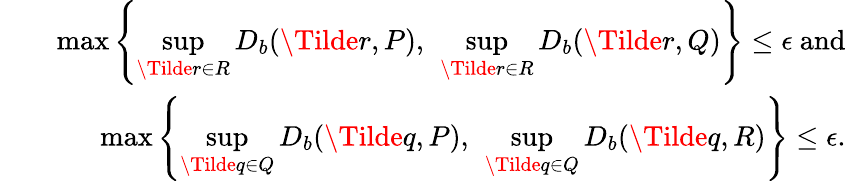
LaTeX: \begin{array}{rlr}&{}&{\operatorname*{max}\left\{ \underset{\Tilde{r}\in R}{\operatorname*{sup}}D_{b}(\Tilde{r},P),~\underset{\Tilde{r}\in R}{\operatorname*{sup}}D_{b}(\Tilde{r},Q)\right\} \leq\epsilon~\mathrm{and}}\\ &{}&{\operatorname*{max}\left\{ \underset{\Tilde{q}\in Q}{\operatorname*{sup}}D_{b}(\Tilde{q},P),~\underset{\Tilde{q}\in Q}{\operatorname*{sup}}D_{b}(\Tilde{q},R)\right\} \leq\epsilon.}\end{array}